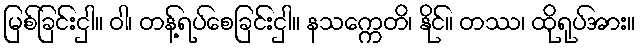
မြစ်ခြင်းငှါ။ ဝါ၊ တန့်ရပ်စေခြင်းငှါ။ နသက္ကေတိ၊ နိုင်။ တဿ၊ ထိုရုပ်အား။